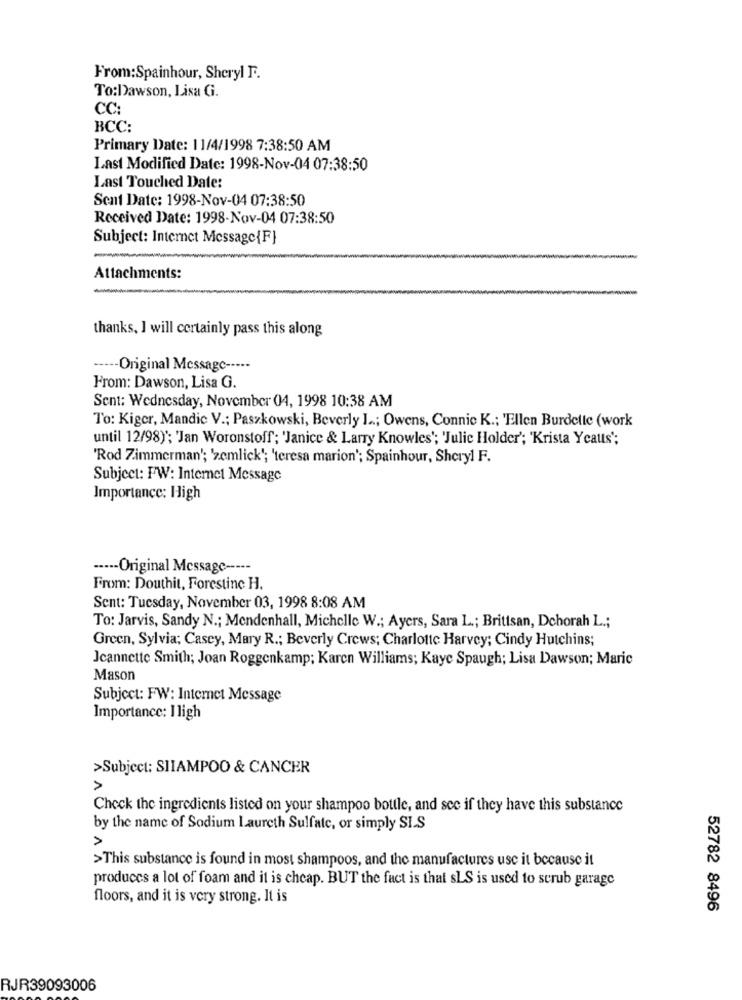
From:Spainhour, Sheryl F.
To:Dawson, Lisa G.
CC:
BCC:
Primary Date: 11/4/1998 7:38:50 AM
Last Modified Date: 1998-Nov-04 07:38:50
Last Touched Date:
Sent Date: 1998-Nov-04 07:38:50
Received Date: 1998-Nov-04 07:38:50
Subject: Internet Message{F}
Attachments:
-
thanks, I will certainly pass this along
----- Original Message -----
From: Dawson, Lisa G.
Sent: Wednesday, November 04, 1998 10:38 AM
To: Kiger, Mandie V .; Paszkowski, Beverly L ..; Owens, Connie K .; Ellen Burdelle (work
until 12/98)"; 'Jan Woronstoff; 'Janice & Larry Knowles'; 'Julie Holder'; 'Krista Yeatts";
'Rod Zimmerman'; 'zemlick'; 'teresa marion'; Spainhour, Sheryl F.
Subject: FW: Internet Message
Importance: High
----- Original Message -----
From: Douthit, Forestinc H.
Sent: Tuesday, November 03, 1998 8:08 AM
To: Jarvis, Sandy N .; Mendenhall, Michelle W .; Ayers, Sara L .; Brittsan, Dchorah L .;
Green, Sylvia; Casey, Mary R .; Beverly Crews; Charlotte Harvey; Cindy Hutchins;
Jeannette Smith; Joan Roggenkamp; Karen Williams; Kaye Spaugh; Lisa Dawson; Maric
Mason
Subject: FW: Internet Message
Importance: I ligh
>Subject: SHAMPOO & CANCER
Check the ingredients listed on your shampoo bottle, and see if they have this substance
by the name of Sodium Laureth Sulfate, or simply SI.S
>This substance is found in most shampoos, and the manufactures use it because it
produces a lot of foam and it is cheap. BUT the fact is that sLS is used to scrub garage
floors, and it is very strong. It is
52782 8496
RJR39093006